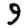
Digit: 9